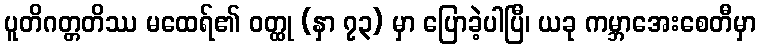
ပူတိဂတ္တတိဿ မထေရ်၏ ဝတ္ထု (နှာ ၇၃) မှာ ပြောခဲ့ပါပြီ၊ ယခု ကမ္ဘာအေးစေတီမှာ